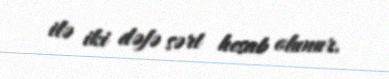
ilə iki dəfə sərt hesab olunur.